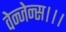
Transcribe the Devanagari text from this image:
वेन्जेन्स।।।